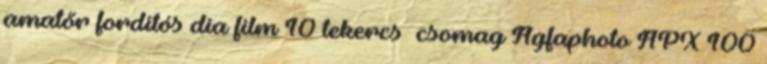
amatőr fordítós dia film 10 tekercs csomag Agfaphoto APX 100